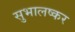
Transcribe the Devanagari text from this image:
सुभालष्कर